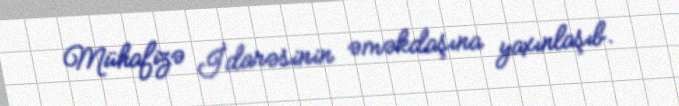
Mühafizə İdarəsinin əməkdaşına yaxınlaşıb.